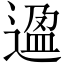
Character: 𬨸